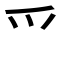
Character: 爫